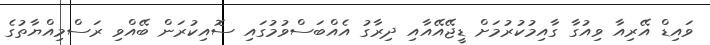
ވައިޑް އޭރިއާ ވިއުގާ ގާއިމުކުރުމަށް ޑީޖޭއޭއާއި ދިރާގު އެއްބަސްވުމުގައި ސޮއިކުރަން ބޭއްވި ރަސްމިއްޔާތުގެ